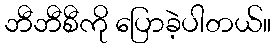
ဘီဘီစီကို ပြောခဲ့ပါတယ်။